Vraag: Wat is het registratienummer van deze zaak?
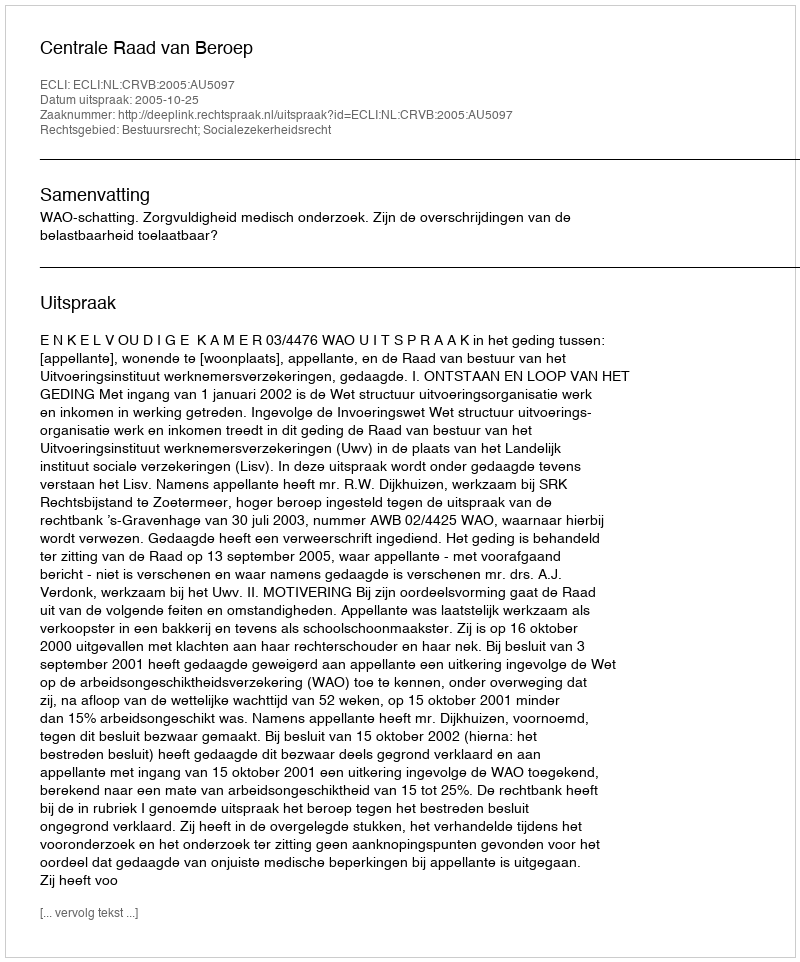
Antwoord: http://deeplink.rechtspraak.nl/uitspraak?id=ECLI:NL:CRVB:2005:AU5097